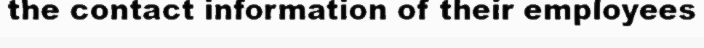
the contact information of their employees